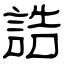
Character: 誥